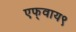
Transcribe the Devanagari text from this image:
एफ्‌वाय९